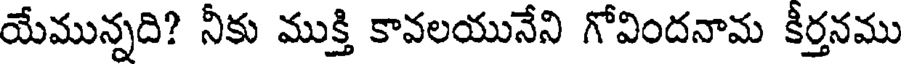
యేమున్నది? నీకు ముక్తి కావలయునేని గోవిందనామ కీర్తనము